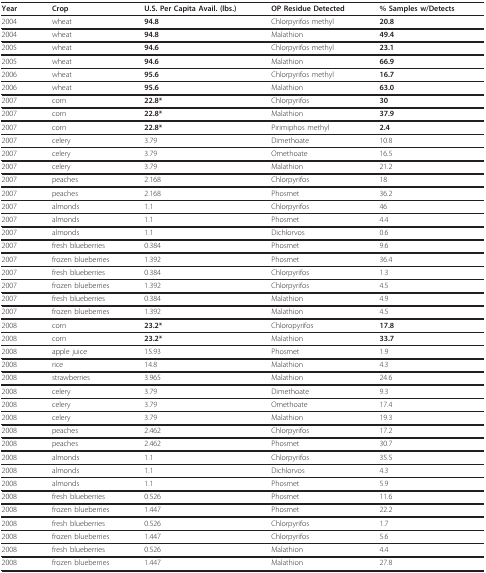
<table><thead><tr><td><b>Year</b></td><td><b>Crop</b></td><td><b>U.S. Per Capita Avail. (lbs.)</b></td><td><b>OP Residue Detected</b></td><td><b>% Samples w/Detects</b></td></tr></thead><tbody><tr><td>2004</td><td>wheat</td><td><b>94.8</b></td><td>Chlorpyrifos methyl</td><td><b>20.8</b></td></tr><tr><td>2004</td><td>wheat</td><td><b>94.8</b></td><td>Malathion</td><td><b>49.4</b></td></tr><tr><td>2005</td><td>wheat</td><td><b>94.6</b></td><td>Chlorpyrifos methyl</td><td><b>23.1</b></td></tr><tr><td>2005</td><td>wheat</td><td><b>94.6</b></td><td>Malathion</td><td><b>66.9</b></td></tr><tr><td>2006</td><td>wheat</td><td><b>95.6</b></td><td>Chlorpyrifos methyl</td><td><b>16.7</b></td></tr><tr><td>2006</td><td>wheat</td><td><b>95.6</b></td><td>Malathion</td><td><b>63.0</b></td></tr><tr><td>2007</td><td>corn</td><td><b>22.8*</b></td><td>Chlorpyrifos</td><td><b>30</b></td></tr><tr><td>2007</td><td>corn</td><td><b>22.8*</b></td><td>Malathion</td><td><b>37.9</b></td></tr><tr><td>2007</td><td>corn</td><td><b>22.8*</b></td><td>Pirimiphos methyl</td><td><b>2.4</b></td></tr><tr><td>2007</td><td>celery</td><td>3.79</td><td>Dimethoate</td><td>10.8</td></tr><tr><td>2007</td><td>celery</td><td>3.79</td><td>Omethoate</td><td>16.5</td></tr><tr><td>2007</td><td>celery</td><td>3.79</td><td>Malathion</td><td>21.2</td></tr><tr><td>2007</td><td>peaches</td><td>2.168</td><td>Chlorpyrifos</td><td>18</td></tr><tr><td>2007</td><td>peaches</td><td>2.168</td><td>Phosmet</td><td>36.2</td></tr><tr><td>2007</td><td>almonds</td><td>1.1</td><td>Chlorpyrifos</td><td>46</td></tr><tr><td>2007</td><td>almonds</td><td>1.1</td><td>Phosmet</td><td>4.4</td></tr><tr><td>2007</td><td>almonds</td><td>1.1</td><td>Dichlorvos</td><td>0.6</td></tr><tr><td>2007</td><td>fresh blueberries</td><td>0.384</td><td>Phosmet</td><td>9.6</td></tr><tr><td>2007</td><td>frozen blueberries</td><td>1.392</td><td>Phosmet</td><td>36.4</td></tr><tr><td>2007</td><td>fresh blueberries</td><td>0.384</td><td>Chlorpyrifos</td><td>1.3</td></tr><tr><td>2007</td><td>frozen blueberries</td><td>1.392</td><td>Chlorpyrifos</td><td>4.5</td></tr><tr><td>2007</td><td>fresh blueberries</td><td>0.384</td><td>Malathion</td><td>4.9</td></tr><tr><td>2007</td><td>frozen blueberries</td><td>1.392</td><td>Malathion</td><td>4.5</td></tr><tr><td>2008</td><td>corn</td><td><b>23.2*</b></td><td>Chloropyrifos</td><td><b>17.8</b></td></tr><tr><td>2008</td><td>corn</td><td><b>23.2*</b></td><td>Malathion</td><td><b>33.7</b></td></tr><tr><td>2008</td><td>apple juice</td><td>15.93</td><td>Phosmet</td><td>1.9</td></tr><tr><td>2008</td><td>rice</td><td>14.8</td><td>Malathion</td><td>4.3</td></tr><tr><td>2008</td><td>strawberries</td><td>3.965</td><td>Malathion</td><td>24.6</td></tr><tr><td>2008</td><td>celery</td><td>3.79</td><td>Dimethoate</td><td>9.3</td></tr><tr><td>2008</td><td>celery</td><td>3.79</td><td>Omethoate</td><td>17.4</td></tr><tr><td>2008</td><td>celery</td><td>3.79</td><td>Malathion</td><td>19.3</td></tr><tr><td>2008</td><td>peaches</td><td>2.462</td><td>Chlorpyrifos</td><td>17.2</td></tr><tr><td>2008</td><td>peaches</td><td>2.462</td><td>Phosmet</td><td>30.7</td></tr><tr><td>2008</td><td>almonds</td><td>1.1</td><td>Chlorpyrifos</td><td>35.5</td></tr><tr><td>2008</td><td>almonds</td><td>1.1</td><td>Dichlorvos</td><td>4.3</td></tr><tr><td>2008</td><td>almonds</td><td>1.1</td><td>Phosmet</td><td>5.9</td></tr><tr><td>2008</td><td>fresh blueberries</td><td>0.526</td><td>Phosmet</td><td>11.6</td></tr><tr><td>2008</td><td>frozen blueberries</td><td>1.447</td><td>Phosmet</td><td>22.2</td></tr><tr><td>2008</td><td>fresh blueberries</td><td>0.526</td><td>Chlorpyrifos</td><td>1.7</td></tr><tr><td>2008</td><td>frozen blueberries</td><td>1.447</td><td>Chlorpyrifos</td><td>5.6</td></tr><tr><td>2008</td><td>fresh blueberries</td><td>0.526</td><td>Malathion</td><td>4.4</td></tr><tr><td>2008</td><td>frozen blueberries</td><td>1.447</td><td>Malathion</td><td>27.8</td></tr></tbody></table>